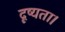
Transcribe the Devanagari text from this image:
दृष्यता।